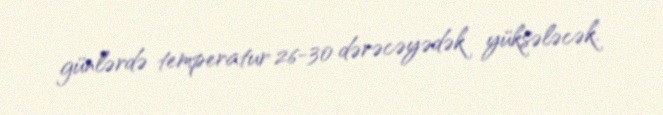
günlərdə temperatur 26-30 dərəcəyədək yüksələcək.